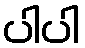
ပါပါ